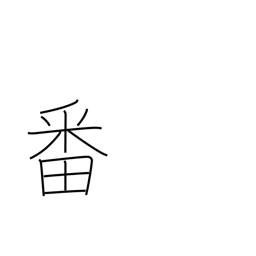
Meaning: turn